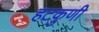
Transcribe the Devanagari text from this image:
हटकुणी